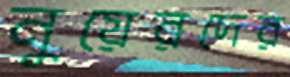
নুয়েরদের